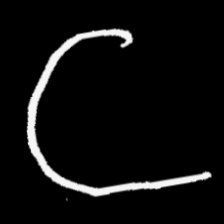
Pyu character \u2014 Myanmar letter: ဋ (romanized: tta)